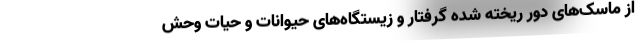
از ماسک‌های دور ریخته شده گرفتار و زیستگاه‌های حیوانات و حیات وحش